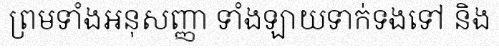
ព្រមទាំងអនុសញ្ញា ទាំងឡាយទាក់ទងទៅ និង